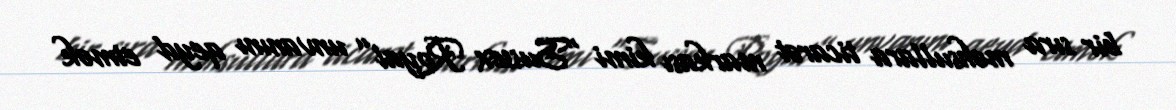
bir sıra məhsullara ticarət markası kimi “Sussex Royal” unvanını qeyd etmək